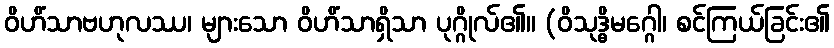
ဝိဟိံသာဗဟုလဿ၊ များသော ဝိဟိံသာရှိသာ ပုဂ္ဂိုလ်၏။ (ဝိသုဒ္ဓိမဂ္ဂေါ၊ စင်ကြယ်ခြင်း၏